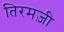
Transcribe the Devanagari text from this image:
तिरमज़ी